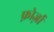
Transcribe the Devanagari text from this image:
फ़ोर्ज़ा